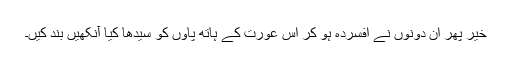
خیر پھر ان دونوں نے افسردہ ہو کر اس عورت کے ہاتھ پاوں کو سیدھا کیا آنکھیں بند کیں۔